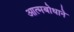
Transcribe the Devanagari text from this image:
आत्मबोधाने